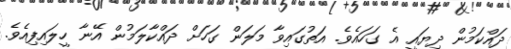
ދައްކަމުން ދިޔައީ އެ ގަހައެވެ. އަތުގައިވާ މަލަން ގަހަށް ދައްކާލަމުން އޭނާ ހީލައިފިއެވެ.